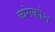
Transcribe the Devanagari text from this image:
व्यंगकोश